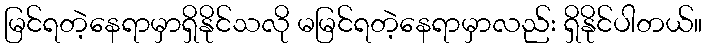
မြင်ရတဲ့နေရာမှာရှိနိုင်သလို မမြင်ရတဲ့နေရာမှာလည်း ရှိနိုင်ပါတယ်။